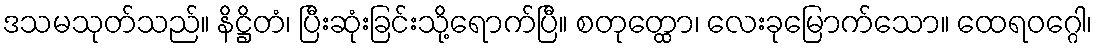
ဒသမသုတ်သည်။ နိဋ္ဌိတံ၊ ပြီးဆုံးခြင်းသို့ရောက်ပြီ။ စတုတ္ထော၊ လေးခုမြောက်သော။ ထေရဝဂ္ဂေါ၊